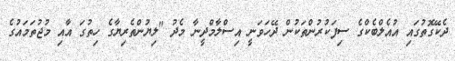
ދެކޭގޮތުގައި އުއެލްބެކްގެ ސިފަކުރުންތަކުން ދޭހަވަނީ އިސްލާމްދީނާ މެދު "ލިޔުންތެރިޔާގެ ހިތުގަ އާއި މުޖުތަމައުގެ